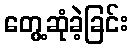
တွေ့ဆုံခဲ့ခြင်း